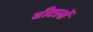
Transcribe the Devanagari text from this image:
बीटलों